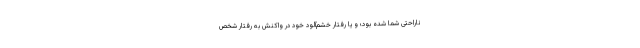
ناراحتی شما شده بود؛ و یا رفتار خشم‌آلود خود در واکنش به رفتار شخص